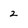
Character: 2